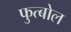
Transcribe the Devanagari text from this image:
फुत्बोल